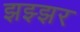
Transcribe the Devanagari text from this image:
झझ्झर